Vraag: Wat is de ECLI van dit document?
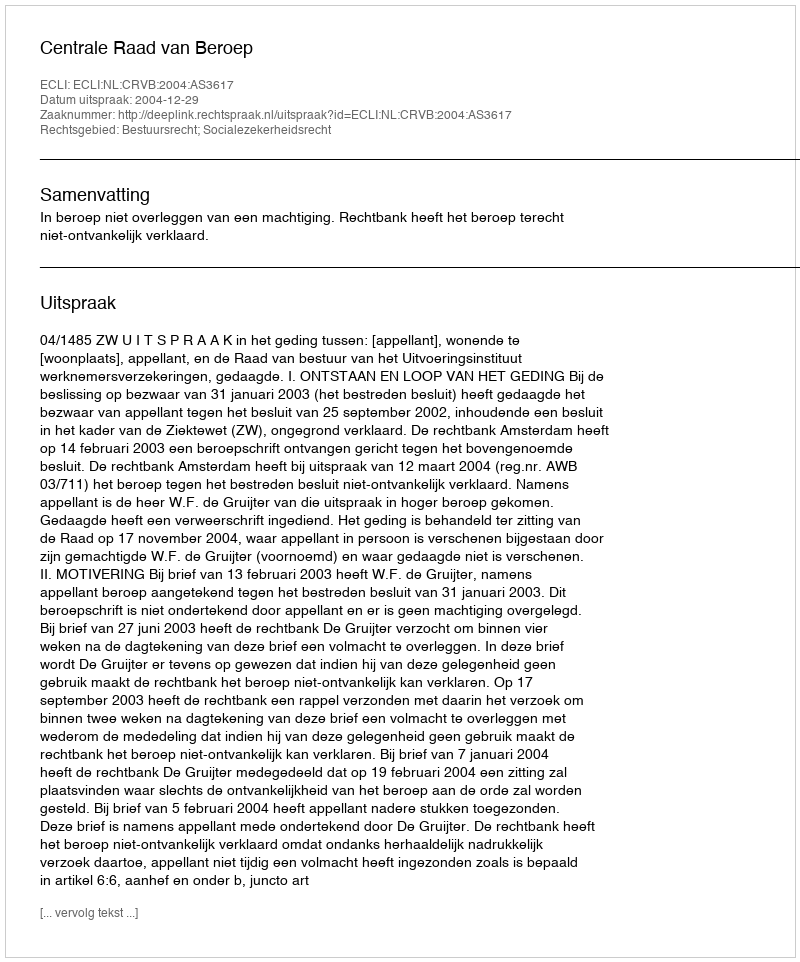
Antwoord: ECLI:NL:CRVB:2004:AS3617